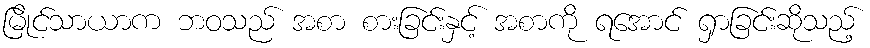
မြိုင်သာယာက ဘဝသည် အစာ စားခြင်းနှင့် အစာကို ရအောင် ရှာခြင်းဆိုသည့်